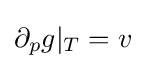
\partial _{p}g|_{T}=v